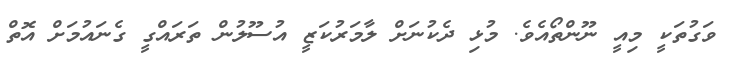
ވަގުތަކީ މިއީ ނޫންތޯއެވެ. މުޅި ދެކުނަށް ލާމަރުކަޒީ އުސޫލުން ތަރައްގީ ގެނައުމަށް އޮތް